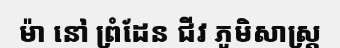
ម៉ា នៅ ព្រំដែន ជីវ ភូមិសាស្ត្រ